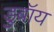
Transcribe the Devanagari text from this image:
डुबॉय